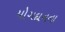
યોગદાનના